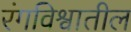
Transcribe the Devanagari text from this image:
रंगविश्वातील